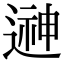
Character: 𨕫